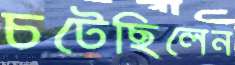
চটেছিলেন